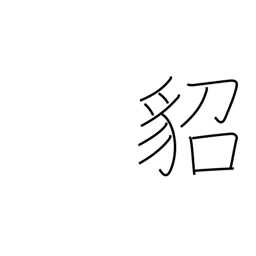
Meaning: marten